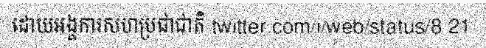
ដោយអង្គការសហប្រជាជាតិ twitter.com/i/web/status/8 21